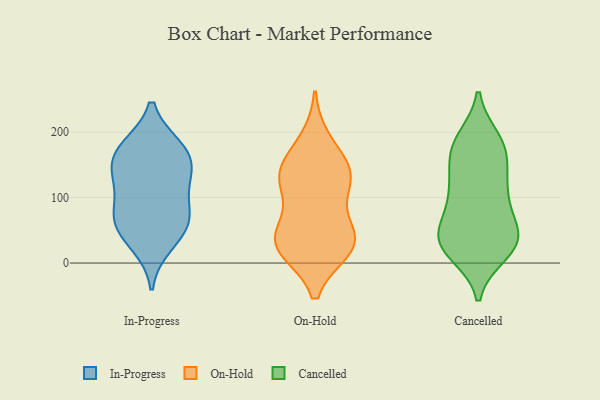
{"axis": {"x": "Satisfaction Score", "y": "Value"}, "legend": ["Cancelled", "In-Progress", "On-Hold"], "data": [{"x": "", "y": 119, "type": "In-Progress"}, {"x": "", "y": 61, "type": "In-Progress"}, {"x": "", "y": 176, "type": "In-Progress"}, {"x": "", "y": 143, "type": "In-Progress"}, {"x": "", "y": 82, "type": "In-Progress"}, {"x": "", "y": 54, "type": "In-Progress"}, {"x": "", "y": 71, "type": "In-Progress"}, {"x": "", "y": 29, "type": "In-Progress"}, {"x": "", "y": 166, "type": "In-Progress"}, {"x": "", "y": 136, "type": "In-Progress"}, {"x": "", "y": 176, "type": "In-Progress"}, {"x": "", "y": 39, "type": "On-Hold"}, {"x": "", "y": 45, "type": "On-Hold"}, {"x": "", "y": 186, "type": "On-Hold"}, {"x": "", "y": 140, "type": "On-Hold"}, {"x": "", "y": 22, "type": "On-Hold"}, {"x": "", "y": 122, "type": "On-Hold"}, {"x": "", "y": 25, "type": "On-Hold"}, {"x": "", "y": 134, "type": "On-Hold"}, {"x": "", "y": 146, "type": "On-Hold"}, {"x": "", "y": 117, "type": "On-Hold"}, {"x": "", "y": 43, "type": "On-Hold"}, {"x": "", "y": 24, "type": "On-Hold"}, {"x": "", "y": 79, "type": "Cancelled"}, {"x": "", "y": 118, "type": "Cancelled"}, {"x": "", "y": 105, "type": "Cancelled"}, {"x": "", "y": 172, "type": "Cancelled"}, {"x": "", "y": 187, "type": "Cancelled"}, {"x": "", "y": 17, "type": "Cancelled"}, {"x": "", "y": 104, "type": "Cancelled"}, {"x": "", "y": 26, "type": "Cancelled"}, {"x": "", "y": 36, "type": "Cancelled"}, {"x": "", "y": 123, "type": "Cancelled"}, {"x": "", "y": 181, "type": "Cancelled"}, {"x": "", "y": 36, "type": "Cancelled"}, {"x": "", "y": 173, "type": "Cancelled"}, {"x": "", "y": 39, "type": "Cancelled"}, {"x": "", "y": 31, "type": "Cancelled"}, {"x": "", "y": 37, "type": "Cancelled"}, {"x": "", "y": 43, "type": "Cancelled"}, {"x": "", "y": 169, "type": "Cancelled"}]}